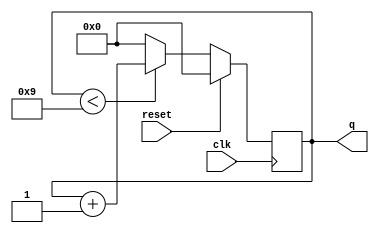
module top_module (
    input clk,
    input reset,
    output reg [3:0] q
);

always @(posedge clk)
    if (reset) q <= 0;
    else q <= q < 9 ? q + 1 : 0;

endmodule